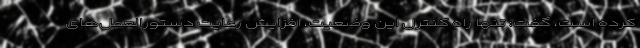
کرده است، گفت: تنها راه کنترل این وضعیت، افزایش رعایت دستورالعمل‌های